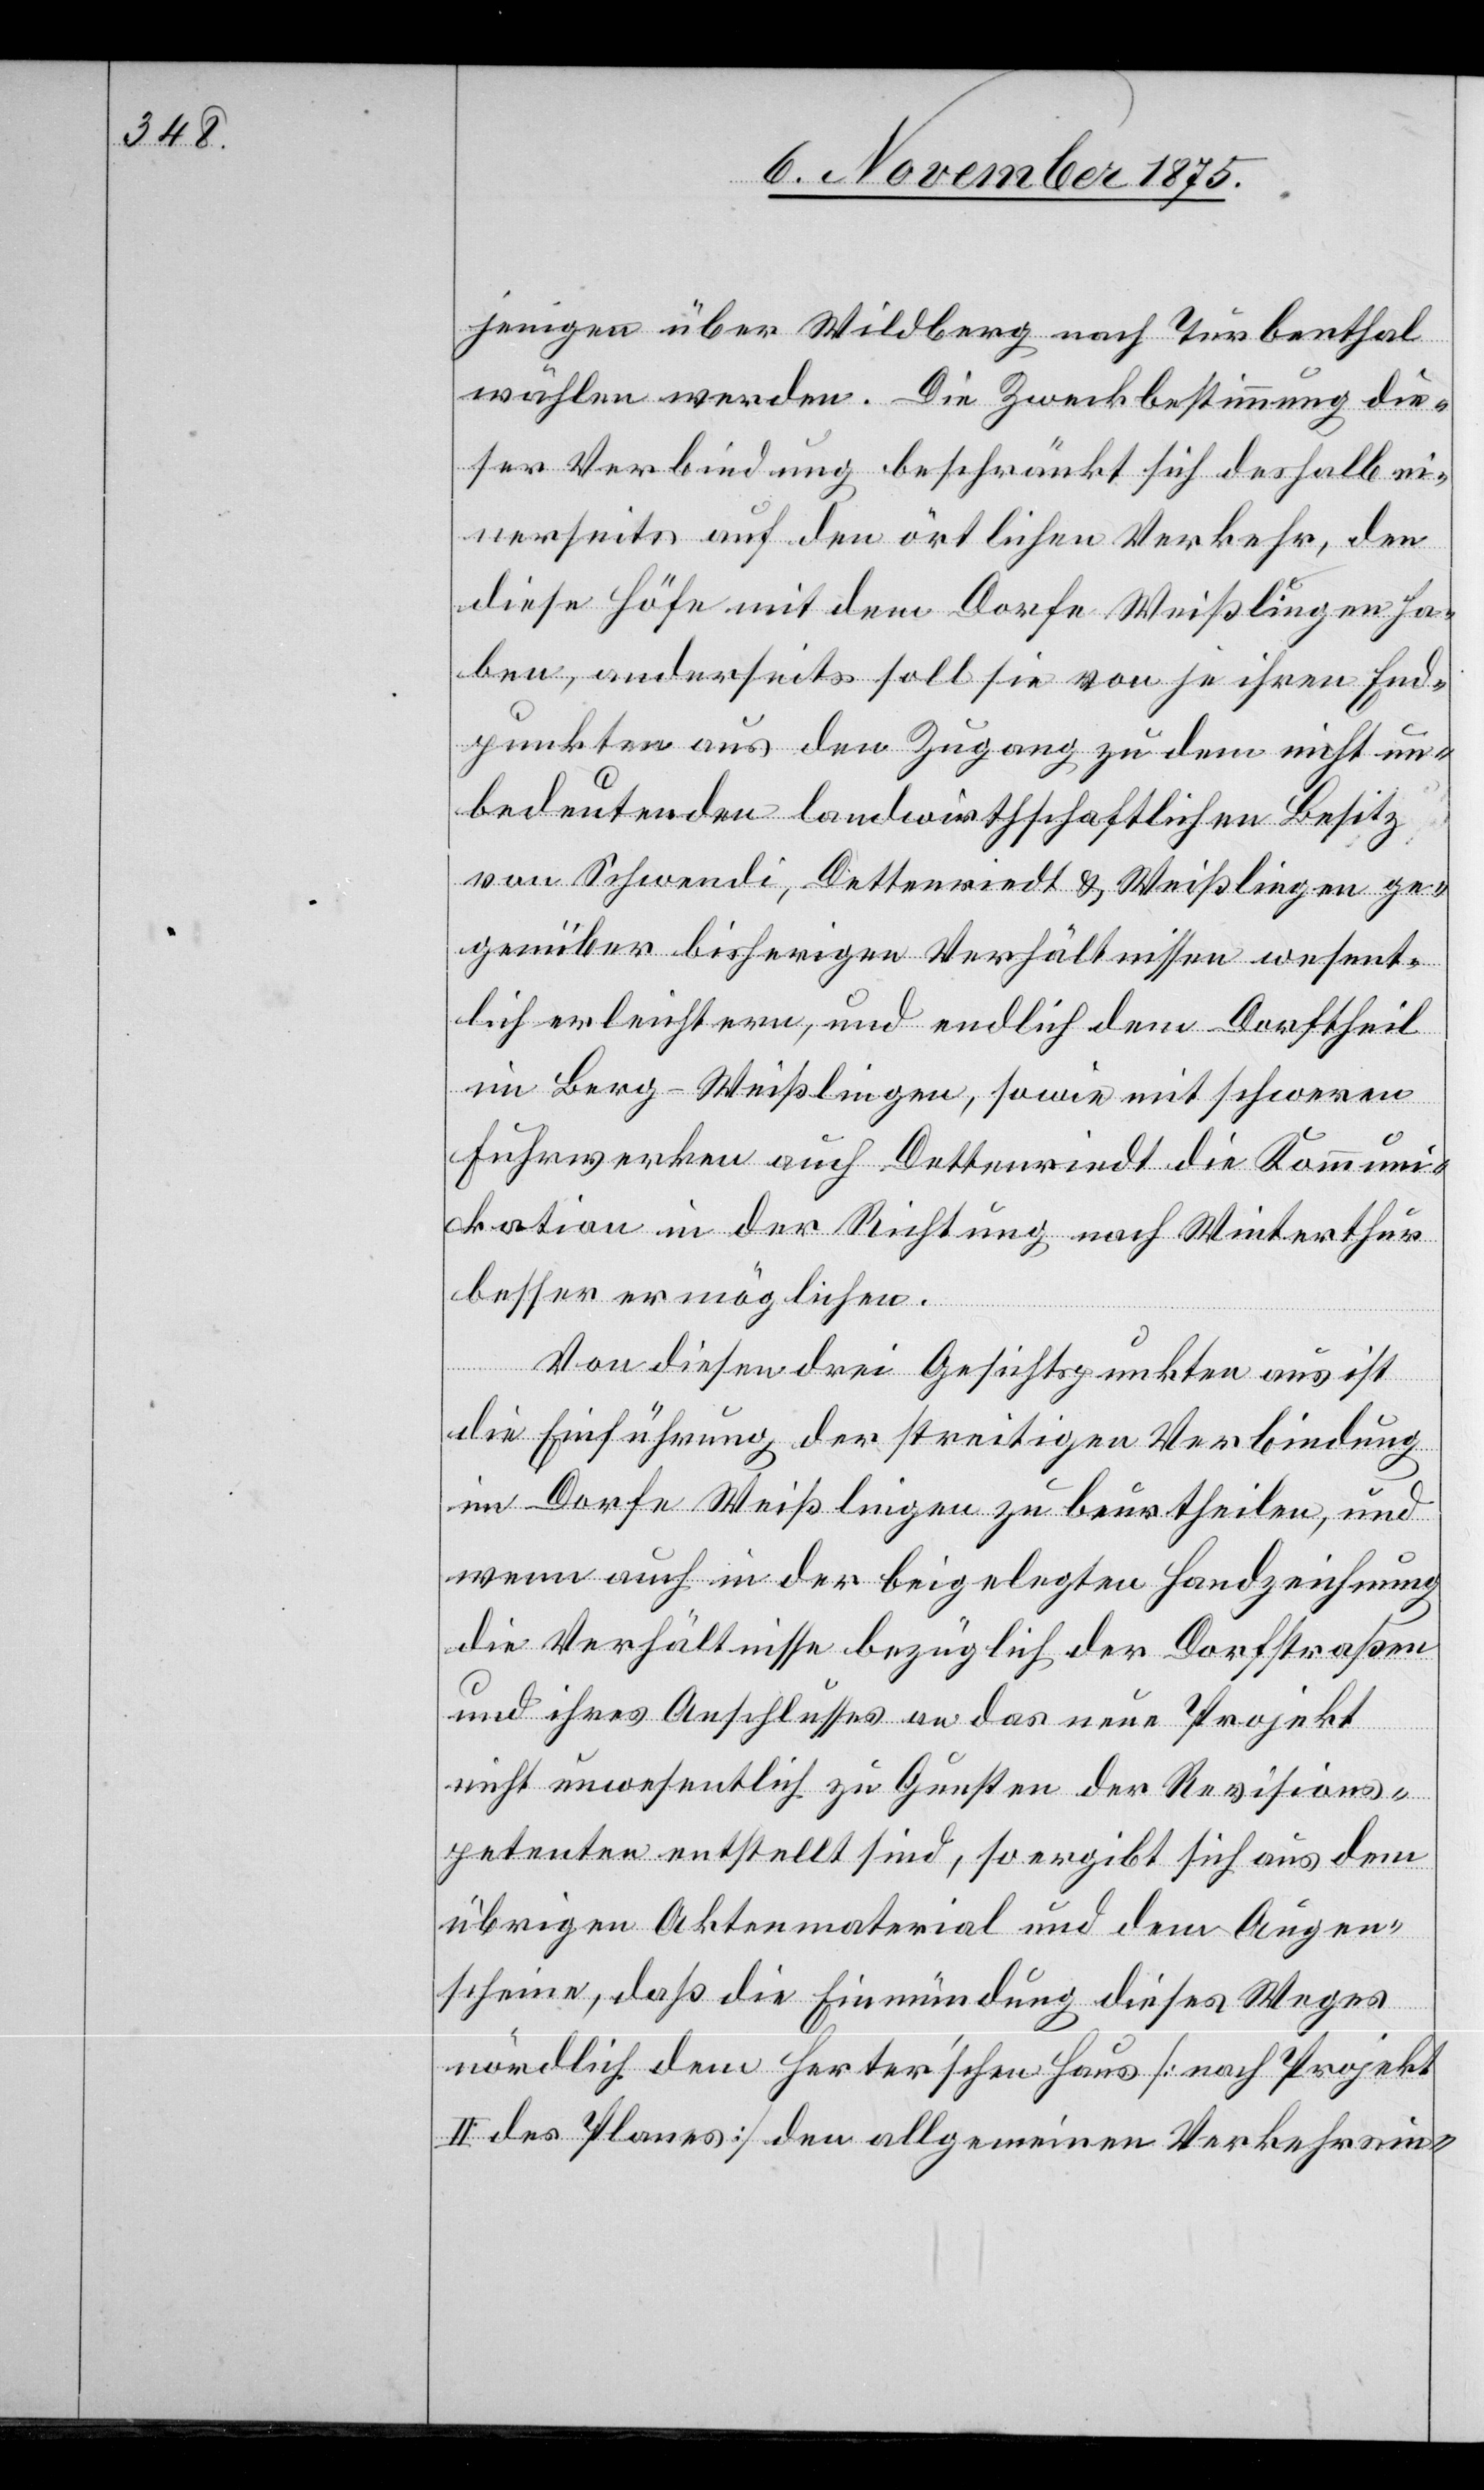
jenigen über Wildberg nach Turbenthal
wählen werden. Die Zweckbestimmung die¬
ser Verbindung beschränkt sich deshalb ei¬
nerseits auf den örtlichen Verkehr, den
diese Höfe mit dem Dorfe Weißlingen ha¬
ben, anderseits soll sie von je ihren End¬
punkten aus den Zugang zu dem nicht un¬
bedeutenden landwirthschaftlichen Besitz
von Schwendi, Dettenriedt & Weißlingen ge¬
genüber bisherigen Verhältnissen wesent¬
lich erleichtern, und endlich dem Dorftheil
im Berg - Weißlingen, sowie mit schweren
Fuhrwerken auch Dettenriedt die Kommun¬
ikation in der Richtung nach Winterthur
besser ermöglichen.
Von diesen drei Gesichtspunkten aus ist
die Einführung der streitigen Verbindung
im Dorfe Weißlingen zu beurtheilen, und
wenn auch in der beigelegten Handzeichnung
die Verhältnisse bezüglich der Dorfstraßen
und ihres Anschlusses an das neue Projekt
nicht unwesentlich zu Gunsten der Revisions¬
petenten entstellt sind, so ergibt sich aus dem
übrigen Aktenmaterial und dem Augen¬
scheine, daß die Einmündung dieses Weges
nördlich dem Herter’schen Haus [nach Projekt
II des Planes] den allgemeinen Verkehrsin-